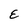
Character: E